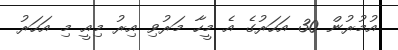
އުމުރުން 30 އަހަރުގެ އެ މީހާ މަރުވި އިރު މިއީ މި އަހަރު